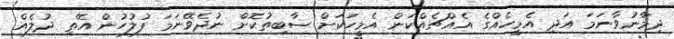
ދިމާނުވާނަމަ އަދި އެމީހެއްގެ އެއްޗެއްކަން އެމީހަކަށް ސާބިތުކޮށް ނުދެވޭނަމަ ފުލުހުން އޭތި ދުލެއް